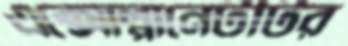
এক্সোপ্লানেটটির